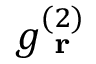
g _ { \textbf { r } } ^ { ( 2 ) }